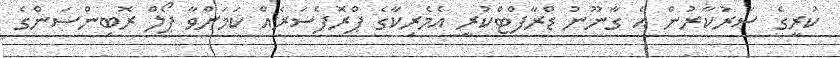
ކުރީގެ ސަރުކާރުން އެ ގާނޫނު ޑްރާފްޓްކުރީ އެމެރިކާގެ ޕްރޮފެސަރެއް ކަމަށްވާ ޕޯލް ރޮބިންސަންގެ